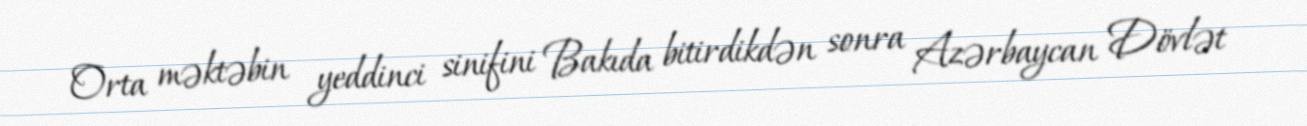
Orta məktəbin yeddinci sinifini Bakıda bitirdikdən sonra Azərbaycan Dövlət